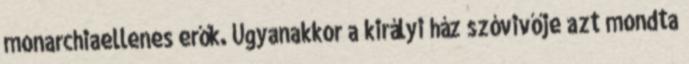
monarchiaellenes erők. Ugyanakkor a királyi ház szóvivője azt mondta